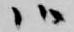
候